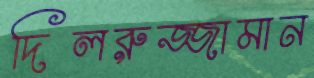
দিলরুজ্জামান